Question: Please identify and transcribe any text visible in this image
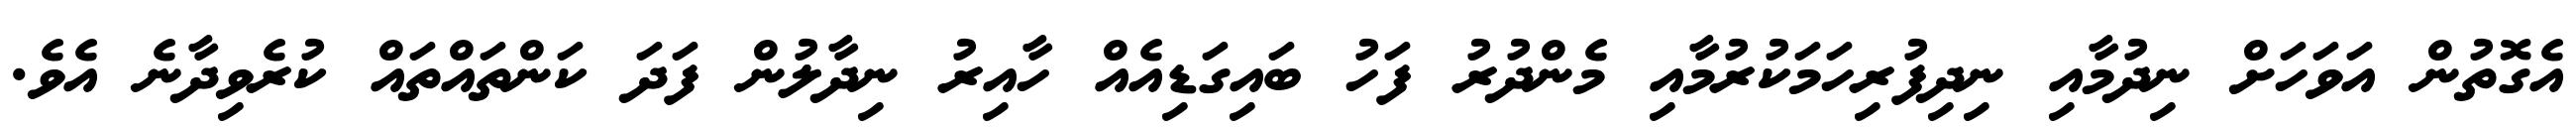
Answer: އެގޮތުން އަވަހަށް ނިދުމާއި ނިދިފުރިހަމަކުރުމާއި މެންދުރު ފަހު ބައިގަޑިއެއް ހާއިރު ނިދާލުން ފަދަ ކަންތައްތައް ކުރެވިދާނެ އެވެ.